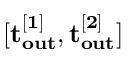
\mathbf { [ t _ { o u t } ^ { [ 1 ] } , t _ { o u t } ^ { [ 2 ] } ] }